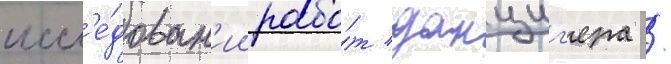
иссл'е́дован'ии рабо́т данциг'ера /